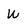
Character: w